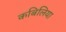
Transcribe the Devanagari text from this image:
कबिलिया